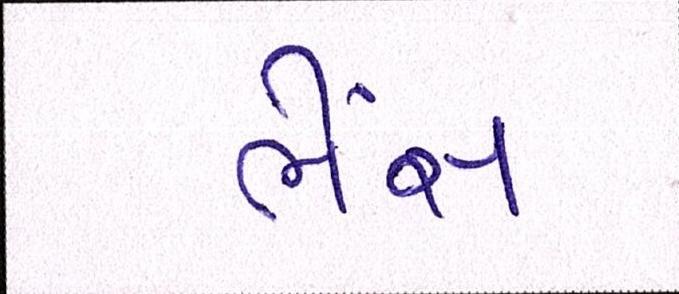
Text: ભેંસ